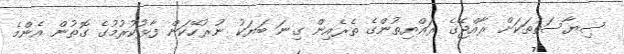
ސިޔާސަތުތަކަށް ރާއްޖޭގެ ރައްޔިތުންގެ ތެރެއިން ގިނަ ބަޔަކު ނުރުހޭކަން ފާޅުކުރުމުގެ ގޮތުން އެންމެ